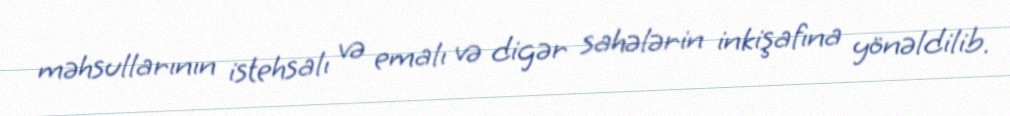
məhsullarının istehsalı və emalı və digər sahələrin inkişafına yönəldilib.